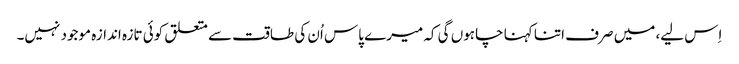
اِس لیے، میں صرف اتنا کہنا چاہوں گی کہ میرے پاس اُن کی طاقت سے متعلق کوئی تازہ اندازہ موجود نہیں۔